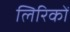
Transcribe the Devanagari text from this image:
लिरिकों